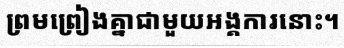
ព្រមព្រៀងគ្នាជាមួយអង្គការនោះ។